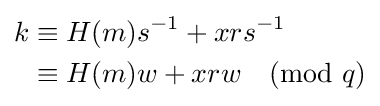
{\begin{aligned}k&\equiv H(m)s^{-1}+xrs^{-1}\\&\equiv H(m)w+xrw{\pmod {q}}\end{aligned}}